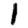
Digit: 1